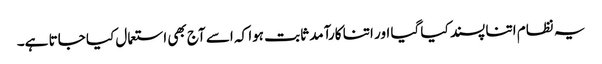
یہ نظام اتنا پسند کیا گیا اور اتنا کارآمد ثابت ہوا کہ اسے آج بھی استعمال کیا جاتا ہے۔